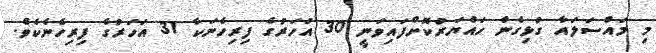
މި މައްސަލައާ ގުޅިގެން ހައްޔަރުކޮށްފައިވަނީ 30 އަހަރުގެ ފިރިހެނަކާ 31 އަހަރުގެ ފިރިހެނެކެވެ.